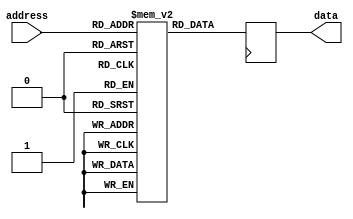
module flash_rom(
    input wire [11:0] address,
    output reg [7:0] data
);

reg [7:0] memory [0:4095];

always @ (posedge clk) begin
    data <= memory[address];
end

endmodule